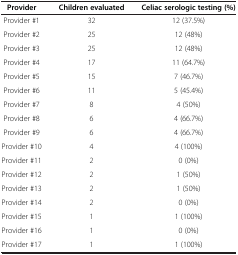
| Provider | Children evaluated | Celiac serologic testing (%) |
 | --- | --- | --- |
 | Provider #1 | 32 | 12 (37.5%) |
 | Provider #2 | 25 | 12 (48%) |
 | Provider #3 | 25 | 12 (48%) |
 | Provider #4 | 17 | 11 (64.7%) |
 | Provider #5 | 15 | 7 (46.7%) |
 | Provider #6 | 11 | 5 (45.4%) |
 | Provider #7 | 8 | 4 (50%) |
 | Provider #8 | 6 | 4 (66.7%) |
 | Provider #9 | 6 | 4 (66.7%) |
 | Provider #10 | 4 | 4 (100%) |
 | Provider #11 | 2 | 0 (0%) |
 | Provider #12 | 2 | 1 (50%) |
 | Provider #13 | 2 | 1 (50%) |
 | Provider #14 | 2 | 0 (0%) |
 | Provider #15 | 1 | 1 (100%) |
 | Provider #16 | 1 | 0 (0%) |
 | Provider #17 | 1 | 1 (100%) |